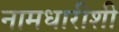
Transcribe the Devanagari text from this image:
नामधारीशी